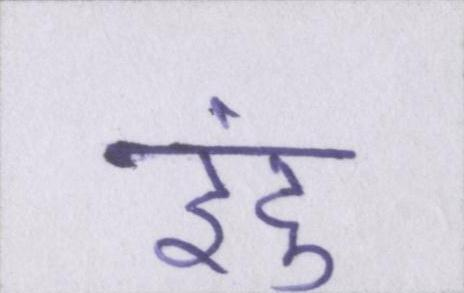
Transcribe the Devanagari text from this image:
इंदु